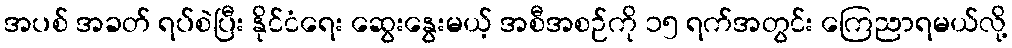
အပစ် အခတ် ရပ်စဲပြီး နိုင်ငံရေး ဆွေးနွေးမယ့် အစီအစဉ်ကို ၁၅ ရက်အတွင်း ကြေညာရမယ်လို့